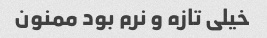
خیلی تازه و نرم بود ممنون